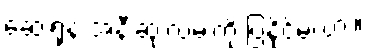
ဆေးရုံနဲ့ အနီးဆုံးလမ်းကို ပြနိုင်မလား။